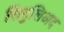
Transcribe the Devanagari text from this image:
सिनुलिअद